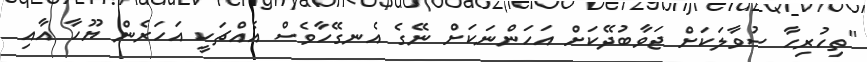
"ތިހުރިހާ ސުވާލަކަށް ޖަވާބުދޭކަށް އަހަންނަކަށް ނޭގެ އެނގޭހާވެސް އެއްޗަކީ އަހަރެން ޔޫހާ އާއި